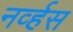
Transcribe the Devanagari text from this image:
नव्‍र्हस